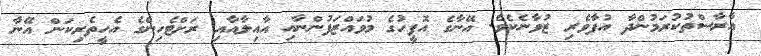
އާރާސްތުކުރަމުންދާ އުފާވެރި ޒުވާނެކެވެ. އޭނާގެ އޮފީހުގެ މުވައްޒަފުންނާއި އާއިލާއާއި ރަށްޓެހިންގެ އެހީތެރިކަން އޭނާ